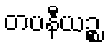
တပနီယဉ္စ